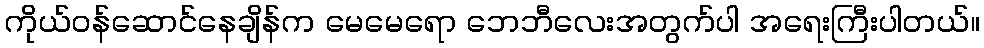
ကိုယ်ဝန်ဆောင်နေချိန်က မေမေရော ဘေဘီလေးအတွက်ပါ အရေးကြီးပါတယ်။